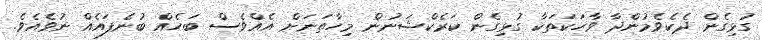
ގުޅިގެން ދެކެވެމުންދާ ވާހަކަތަކާ ގުޅިގެން ކަރެކްޝަނުން މިހާތަނަށް އެއްވެސް ބަހެއް ބުނެފައެއް ނުވެއެވެ.